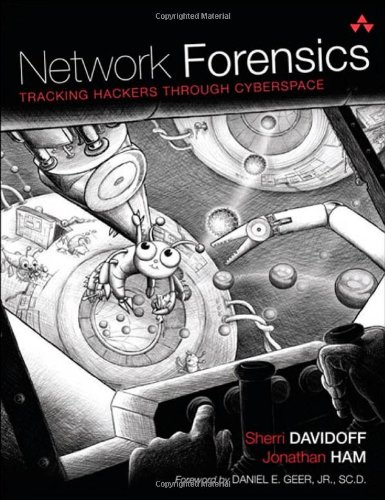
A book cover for Network Forensics: Tracking Hackers through Cyberspace; Sherri Davidoff; Computers & Technology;